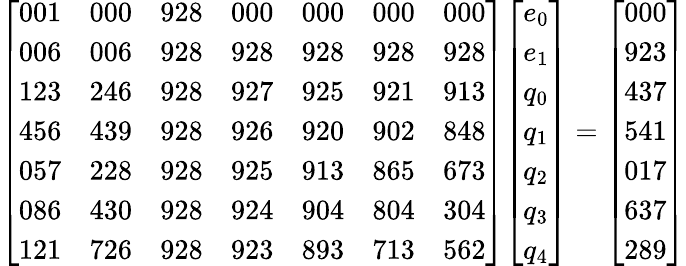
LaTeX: {\left[\begin{array}{lllllll}{001}&{000}&{928}&{000}&{000}&{000}&{000}\\ {006}&{006}&{928}&{928}&{928}&{928}&{928}\\ {123}&{246}&{928}&{927}&{925}&{921}&{913}\\ {456}&{439}&{928}&{926}&{920}&{902}&{848}\\ {057}&{228}&{928}&{925}&{913}&{865}&{673}\\ {086}&{430}&{928}&{924}&{904}&{804}&{304}\\ {121}&{726}&{928}&{923}&{893}&{713}&{562}\end{array}\right]}{\left[\begin{array}{l}{e_{0}}\\ {e_{1}}\\ {q_{0}}\\ {q_{1}}\\ {q_{2}}\\ {q_{3}}\\ {q_{4}}\end{array}\right]}={\left[\begin{array}{l}{000}\\ {923}\\ {437}\\ {541}\\ {017}\\ {637}\\ {289}\end{array}\right]}